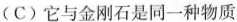
(C) 它与金刚石是同一种物质